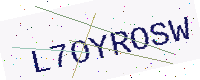
Text: L7OYROSW